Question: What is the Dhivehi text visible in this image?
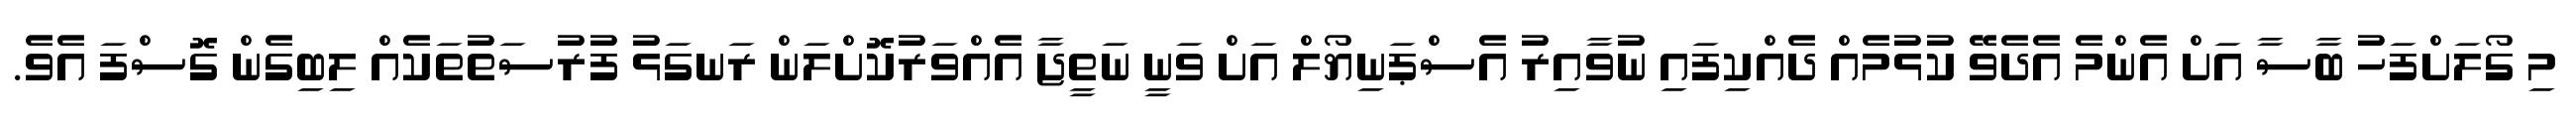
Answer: މި ގޯލަށްފަހު ބާސާ އަށް އެންމެ އެދެވޭ ކުޅުމެއް ދެއްކިފައި ނުވާއިރު އެސްޕަނިޔޯލް އަށް ވަނީ ނަތީޖާ އެއްވަރުކޮށްލަން ރަނގަޅު ފުރުސަތުތަކެއް ލިބިގެން ގޮސްފަ އެވެ.